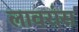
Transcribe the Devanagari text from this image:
लावरांस